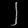
Digit: ၂